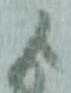
よ